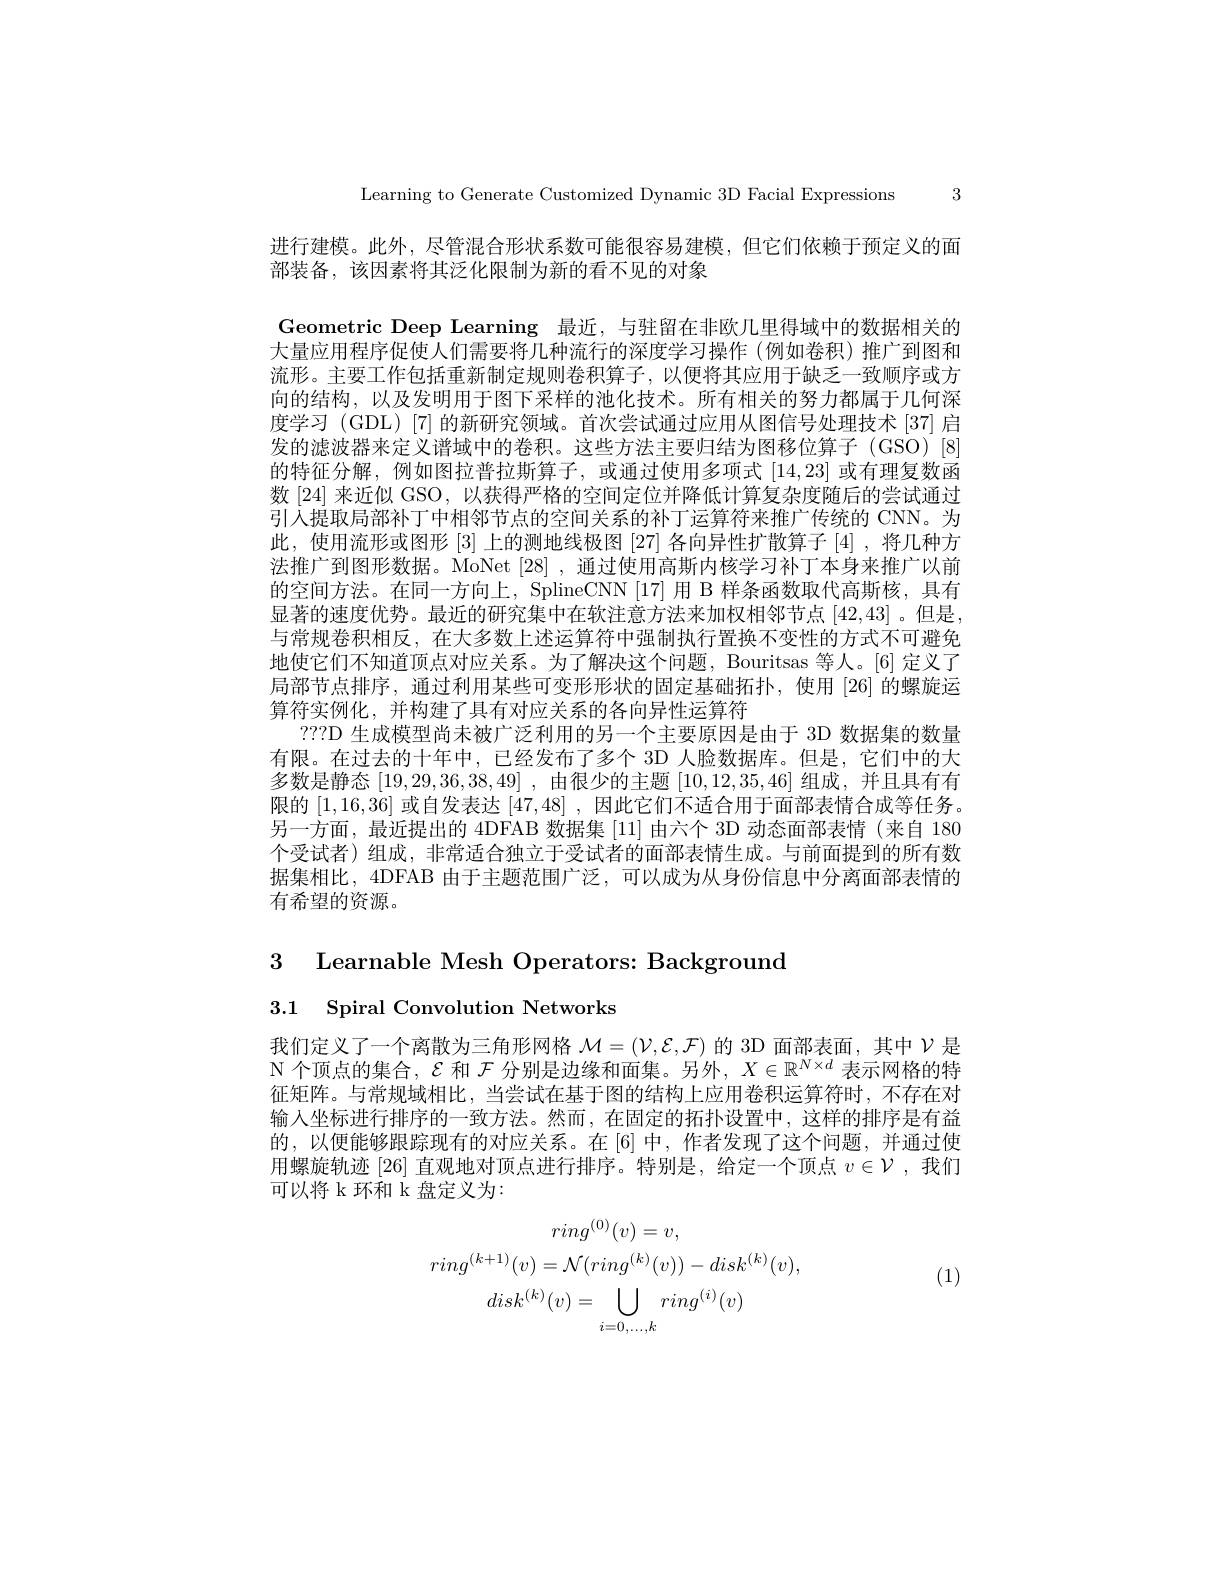
Learning to Generate Customized Dynamic 3D Facial Expressions 3

进行建模。此外，尽管混合形状系数可能很容易建模，但它们依赖于预定义的面
部装备，该因素将其泛化限制为新的看不见的对象

Geometric Deep Learning 最近，与驻留在非欧几里得域中的数据相关的大量应用程序促使人们需要将几种流行的深度学习操作 (例如卷积)推广到图和流形。主要工作包括重新制定规则卷积算子，以便将其应用于缺乏一致顺序或方向的结构，以及发明用于图下采样的池化技术。所有相关的努力都属于几何深度学习 (GDL) [7] 的新研究领域。首次尝试通过应用从图信号处理技术 [37] 启发的滤波器来定义谱域中的卷积。这些方法主要归结为图移位算子(GSO)[8] 的特征分解，例如图拉普拉斯算子，或通过使用多项式[14,23]或有理复数函数[24] 来近似 GSO,以获得严格的空间定位并降低计算复杂度随后的尝试通过引人提取局部补丁中相邻节点的空间关系的补丁运算符来推广传统的 CNN。为此，使用流形或图形[3]上的测地线极图[27]各向异性扩散算子[4],将几种方法推广到图形数据。MoNet [28],通过使用高斯内核学习补丁本身来推广以前的空间方法。在同一方向上，SplineCNN [17] 用 B 样条函数取代高斯核，具有显著的速度优势。最近的研究集中在软注意方法来加权相邻节点 [42,43] 。但是与常规卷积相反，在大多数上述运算符中强制执行置换不变性的方式不可避免地使它们不知道顶点对应关系。为了解决这个问题，Bouritsas 等人。[6] 定义了局部节点排序，通过利用某些可变形形状的固定基础拓扑，使用[26]的螺旋运算符实例化，并构建了具有对应关系的各向异性运算符
???D 生成模型尚未被广泛利用的另一个主要原因是由于 3D 数据集的数量有限。在过去的十年中，已经发布了多个 3D 人脸数据库。但是，它们中的大多数是静态[19,29,36,38,49] ,由很少的主题[10,12,35,46]组成，并且具有有限的[1,16,36]或自发表达[47,48] ,因此它们不适合用于面部表情合成等任务。另一方面，最近提出的 4DFAB 数据集 [11] 由六个 3D 动态面部表情 (来自 180个受试者)组成，非常适合独立于受试者的面部表情生成。与前面提到的所有数据集相比，4DFAB 由于主题范围广泛，可以成为从身份信息中分离面部表情的有希望的资源。

3 Learnable Mesh Operators: Background
3.1 Spiral Convolution Networks

我们定义了一个离散为三角形网格$\mathcal{M}=(\mathcal{V},\mathcal{E},\mathcal{F})$的 3D 面部表面，其中$\mathcal{V}$是$\mathcal{N}$个顶点的集合，$\mathcal{E}$和$\mathcal{F}$分别是边缘和面集。另外，$X\in\mathbb{R}^N\times d$表示网格的特征矩阵。与常规域相比，当尝试在基于图的结构上应用卷积运算符时，不存在对输入坐标进行排序的一致方法。然而，在固定的拓扑设置中，这样的排序是有益的，以便能够跟踪现有的对应关系。在[6]中，作者发现了这个问题，并通过使用螺旋轨迹 [26] 直观地对顶点进行排序。特别是，给定一个顶点$v\in\mathcal{V}$ ,我们可以将 k 环和 k 盘定义为：

, (1)
$$ring^{(0)}(v)=v,\\ring^{(k+1)}(v)=\mathcal{N}(ring^{(k)}(v))-disk^{(k)}(v),\\disk^{(k)}(v)=\bigcup_{i=0,\ldots,k}ring^{(i)}(v)$$